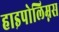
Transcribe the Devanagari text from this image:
हाइपोलिम्नस